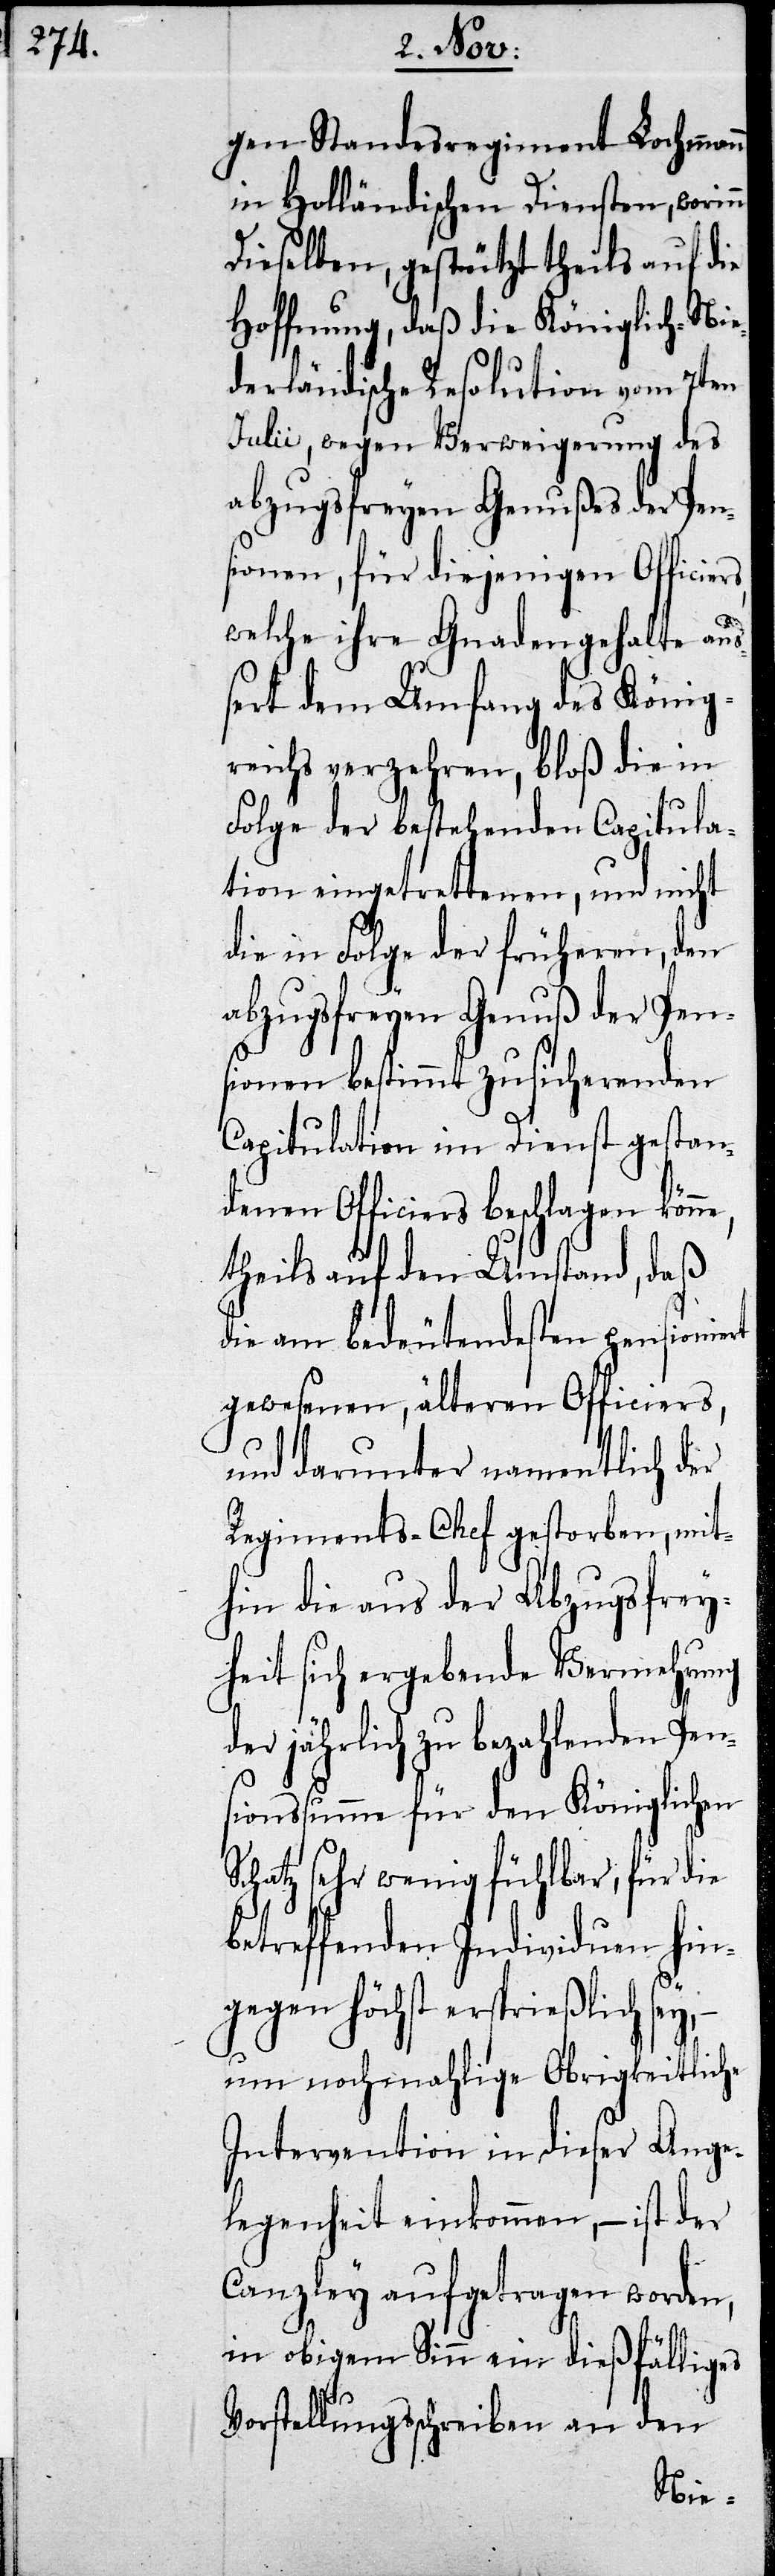
ntli¬
gen Standesregiment Lochmann
in Holländischen Diensten, worin¬
Dieselben, gestützt theils auf die
Hoffnung, daß die Königlich-Nie¬
derländische Resolution vom 7ten
Julii, wegen Verweigerung des
abzugsfreyen Genußes der Pen¬
sionen, für diejenigen Offici¬
welche ihre Gnadengehalte au¬
ßert dem Umfang des König¬
reichs verzehren, bloß die in
Folge der bestehenden Capitula¬
tion eingetrettenen, und nicht
die in Folge der früheren, den
abzugsfreyen Genuß der Pen¬
sionen bestimmt zusicherenden
Capitulation im Dienst gestan¬
denen Officiers beschlagen könne,
theils auf den Umstand, daß
die am bedeutendesten pensioniert
gewesenen, älteren Officiers,
ch der
und darunter name¬
Regiments-Chef gestorben, mit¬
hin die aus der Abzugsfrey¬
heit sich ergebende Vermehrung
der jährlich zu bezahlenden Pen¬
sionssumme für den Königlichen
Schatz sehr wenig fühlbar, für die
betreffenden Individuen hin¬
gegen höchst ersprießlich sey,
um nochmahlige Obrigkeitliche
Intervention in dieser Ange¬
legenheit einkommen, – ist der
Canzley aufgetragen worden,
in obigem Sinn ein dießfälliges
Vorstellungsschreiben an
den